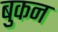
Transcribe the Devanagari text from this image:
बुकन